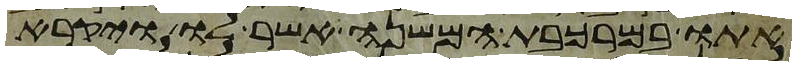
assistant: אתו במרכבת המשנה אשר לו ויקרא